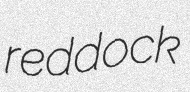
reddock